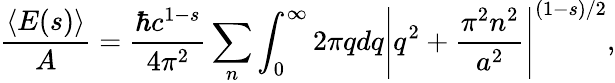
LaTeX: {\frac{\langle E(s)\rangle}{A}}={\frac{\hbar c^{1-s}}{4\pi^{2}}}\sum_{n}\int_{0}^{\infty}2\pi qdq\left\vert q^{2}+{\frac{\pi^{2}n^{2}}{a^{2}}}\right\vert^{(1-s)/2},